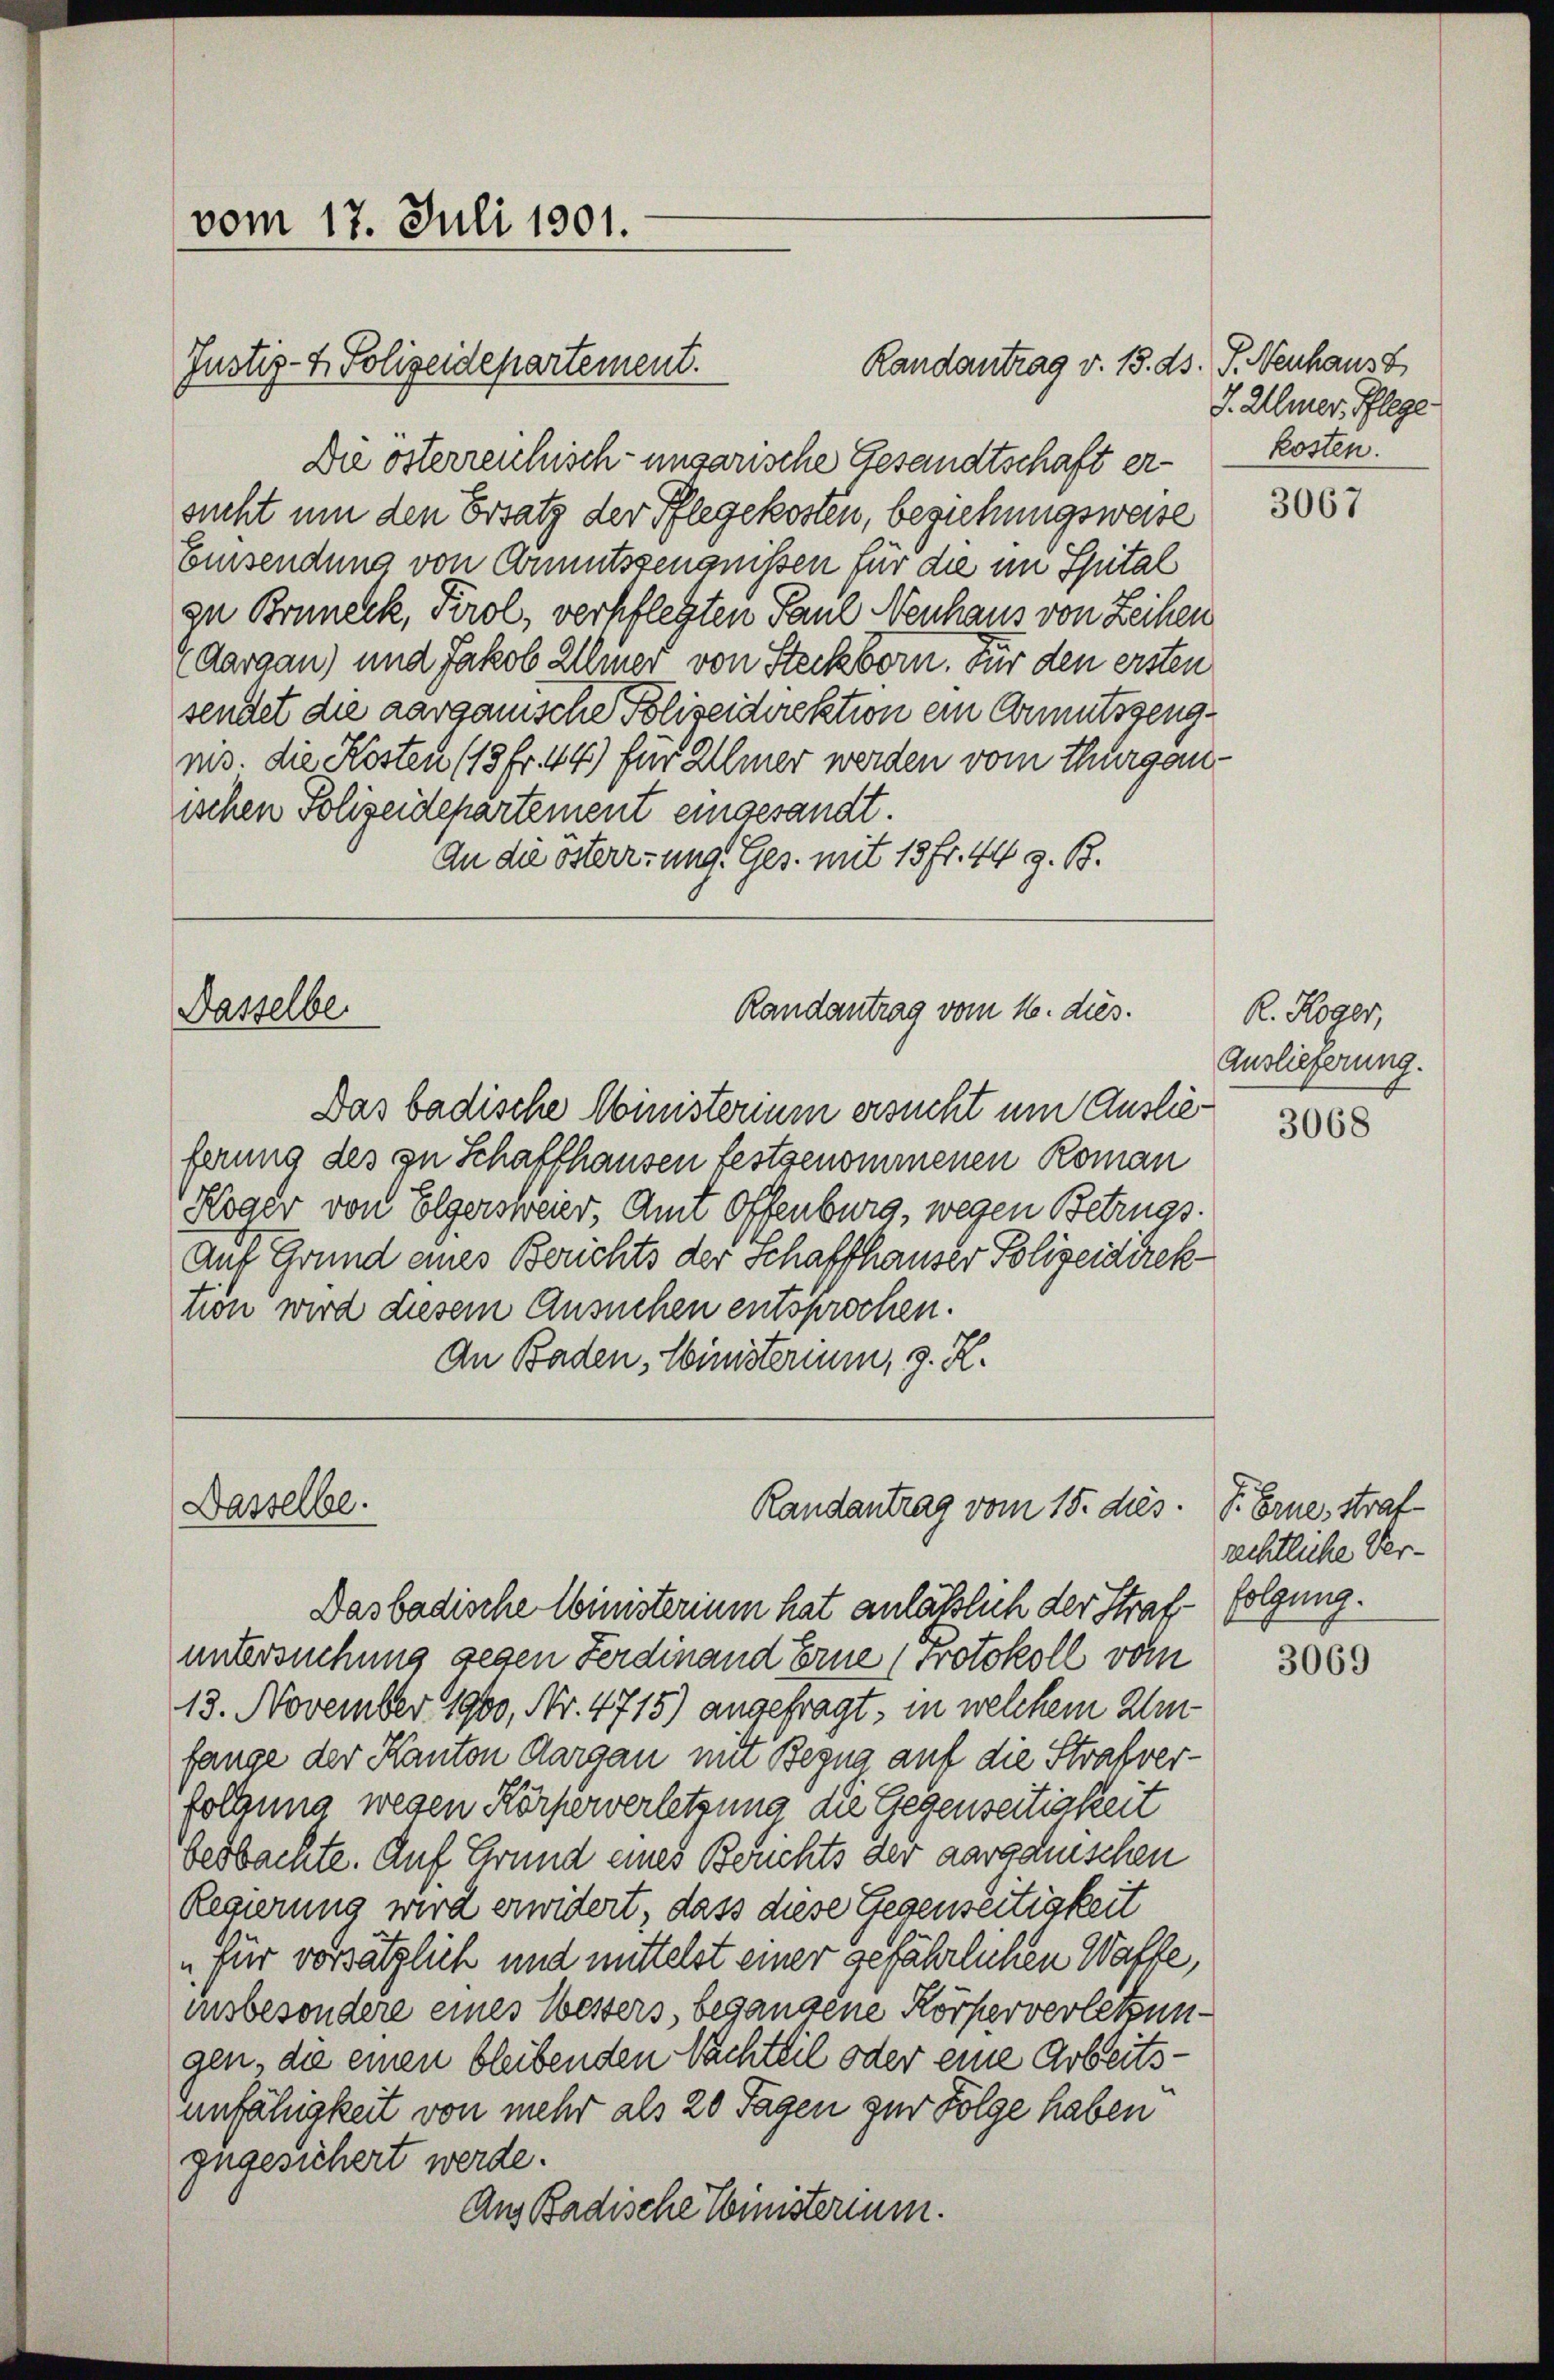
vom 17. Juli 1901.

Justiz- & Polizeidepartement.

Randantrag v. 15. ds. P. Neuhaus
Die österreichisch-ungarische Gesandtschaft er- Kosten.
sucht um den Ersatz der Pflegekosten, beziehungsweise
Eisendung von Anmutszeugnissen für die im Spital
zu Bonneck, Tirol, verpflegten Paul Neuhaus von Leihen
(Aargau) und Jakob Allmer von Steckborn. Für den ersten
sendet die aargauische Polizeidirektion ein Armutszeugnis. die Kosten (13 fr. 44) für Ulmer werden vom Thurgauischen Polizeidepartement eingesandt.
An die österrung. Ges. mit 15 fr. 44 z. B.
Randantrag vom 16. dies.
Dasselber
Das badische Ministerium ersucht um Auslieferung des zu Schaffhausen festgenommenen Roman
Koger von Elgersweier, Amt offenburg, wegen Betrugs
Auf Grund eines Berichts der Schaffhauser Polizeidirek
tion wird diesem Ansuchen entsprochen.
An Baden, Ministerium, z. R.

Dasselbe.

Randantrag vom 15. dies.

J. Ulmer, Pflege

Das badische Ministerium hat anläßlich der Strafuntersuchung gegen Ferdinand Erne Protokoll vom
13. November 1900, Nr. 4715) angefragt, in welchem Umfange der Kanton Aargau mit Begna auf die Strafverfolgung wegen Körperverletzung die Gegenseitigkeit
vesbannte. Auf Grund eines Berichts der aargauischen
Regierung wird erwidert, dass diese Gegenseitigkeit
„für vorsätzlich und mittelst einer gefährlichen Walle,
insbesondere eines Wessers, begangene Körperverletzungen, die einen bleibenden Nachteil oder eine Arbeitsunfähigkeit von mehr als 20 Tagen zur Folge haben
zugesichert werde.
Ans Badische Ministerium.

3067

R. Koger,
Auslieferung.

3068

J. Ernes straf
rechtliche Ver¬
Holzung.

3069